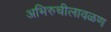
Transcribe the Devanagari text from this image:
अभिरुचीलावळण